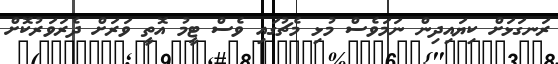
ރަނގަޅަށް ކިޔައިދިން ނަމަވެސް މުޅި މެޗުގައި ވެސް ޓީމު އޮތީ ވަރަށް ދެރަވަރުކޮށް